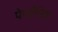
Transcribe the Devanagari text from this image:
पेपरीनिक